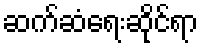
ဆက်ဆံရေးဆိုင်ရာ